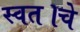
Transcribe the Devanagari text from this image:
स्वत।चे